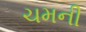
ચમની